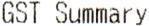
GST SUMMARY